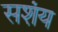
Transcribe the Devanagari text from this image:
सशंय